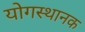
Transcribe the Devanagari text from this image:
योगस्थानक